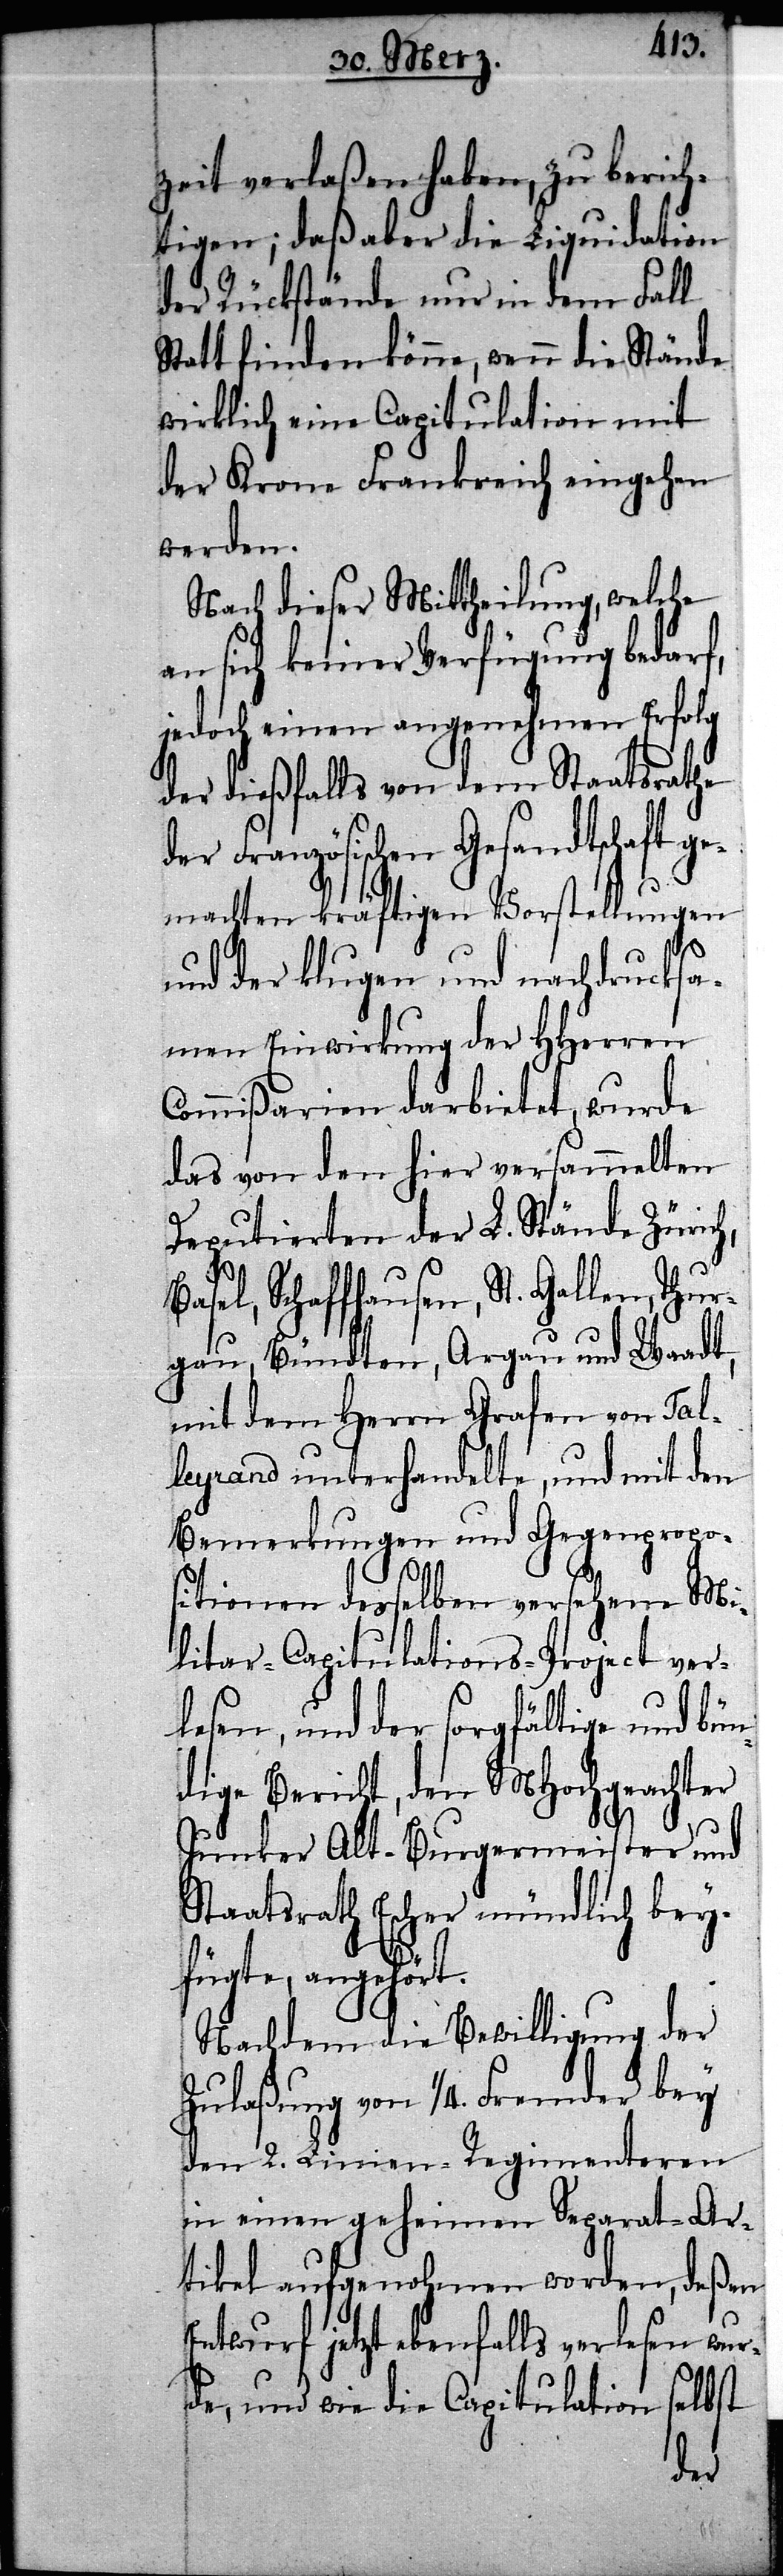
zeit verlaßen haben, zu berich¬
tigen; daß aber die Liquidation
der Rückstände nur in dem Fall
Statt finden könne, wenn die Stände
wirklich eine Capitulation mit
der Krone Frankreich eingehen
werden.
Nach dieser Mittheilung, welche
an sich keiner Verfügung bedarf,
jedoch einen angenehmen Erfolg
der dießfalls von dem Staatsrathe
der Französischen Gesandtschaft ge¬
machten kräftigen Vorstellungen
und der klugen und nachdrucksa¬
men Einwirkung der HHerren
Commißarien darbietet, wurde
das von den hier versammelten
Deputierten der L. Stände Zürich,
Schaffhausen, St. Gallen, Thur¬
gau, Bündten, Argau und Waadt,
mit dem Herrn Grafen von Tal¬
leyrand unterhandelte, und mit den
Bemerkungen und Gegenpropo¬
sitionen desselben versehene Mi¬
litar-Capitulations-Project ver¬
lesen, und der sorgfältige und bün¬
dige Bericht, den MHochgeachter
Junker Alt-Burgermeister und
Staatsrath Escher mündlich bey¬
fügte, angehört.
Nachdem die Bewilligung der
Zulaßung von 1/4. Franken bey
den 2. Linien-Regimenteren
in einen geheimen Separat-Ar¬
tikel aufgenohmen worden, deßen
Entwurf jetzt ebenfalls verlsen wur¬
de, und wie die Capitulation selbst